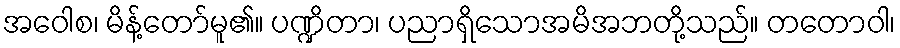
အဝေါစ၊ မိန့်တော်မူ၏။ ပဏ္ဍိတာ၊ ပညာရှိသောအမိအဘတို့သည်။ တတောဝါ၊